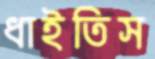
ধাইতিস